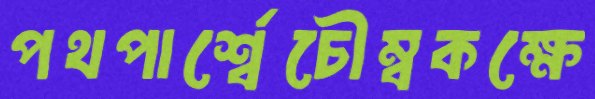
পথপার্শ্বেচৌম্বকক্ষে